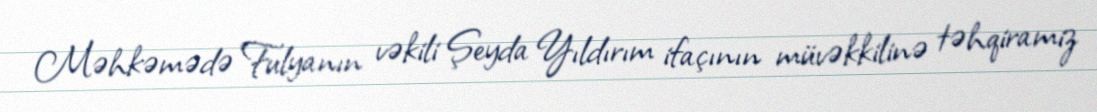
Məhkəmədə Fulyanın vəkili Şeyda Yıldırım ifaçının müvəkkilinə təhqiramiz